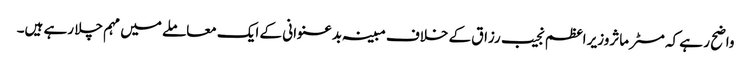
واضح ر ہے کہ مسٹر ماثروزیر اعظم نجیب رزاق کے خلاف مبینہ بدعنوانی کے ایک معاملے میں مہم چلا رہے ہیں۔